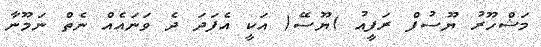
މަޝްހޫރު ޔޫސުފް ރަފީއު )ޔޫސޭ( އަކީ އެފަދަ ދެ ވަނައެއް ނެތް ނަމޫނާ